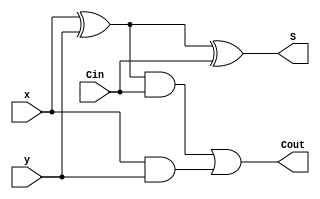
module onebitAdder(x,y, Cin, S, Cout);
	input x,y, Cin;	
	output S, Cout;

	xor(w0,x,y);
	and(w1,x,y);
	xor(S, w0, Cin);
	and(w3, w0, Cin);
	or(Cout,w3,w1); 

endmodule